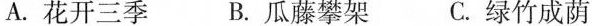
A.花开三季 B.瓜藤攀架 C.绿竹成荫